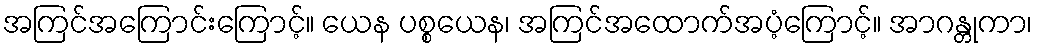
အကြင်အကြောင်းကြောင့်။ ယေန ပစ္စယေန၊ အကြင်အထောက်အပံ့ကြောင့်။ အာဂန္တုကာ၊